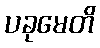
ပခုမေတိ